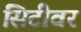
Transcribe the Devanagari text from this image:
सिटीवर